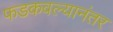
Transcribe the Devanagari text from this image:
फडकवल्यानंतर